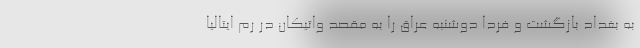
به بغداد بازگشت و فردا دوشنبه عراق را به مقصد واتیکان در رم ایتالیا